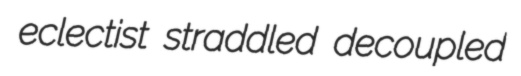
eclectist straddled decoupled